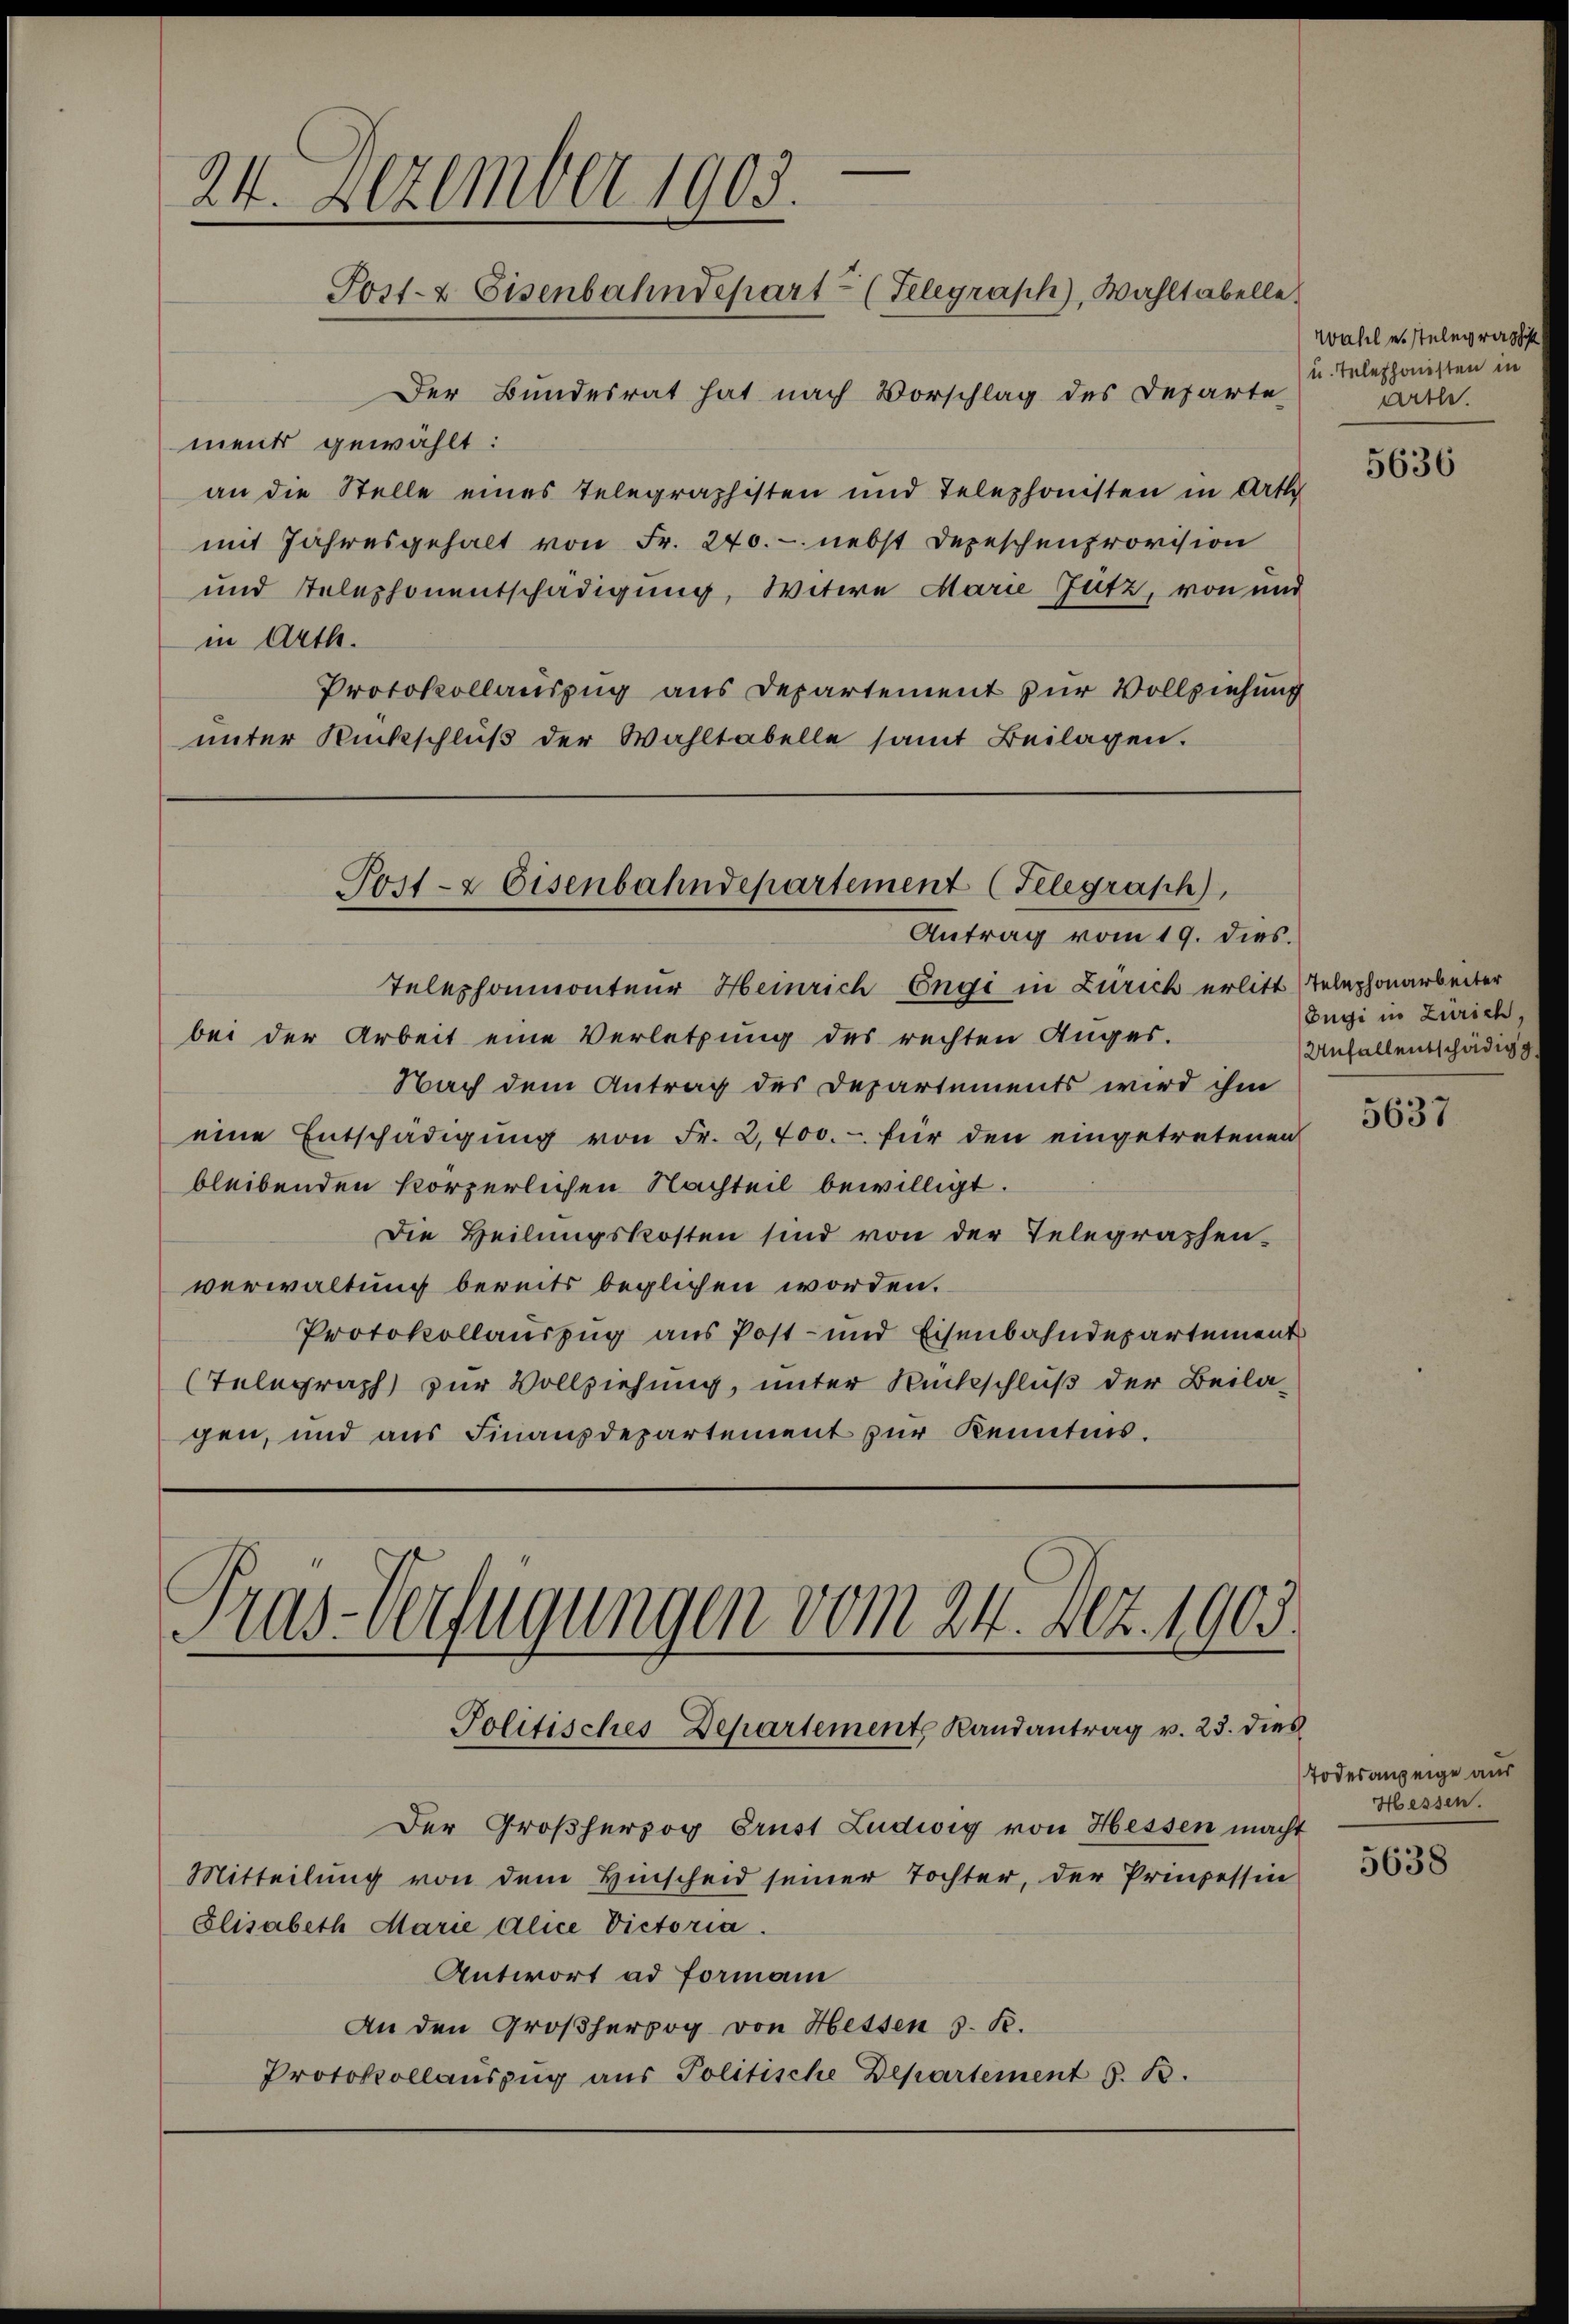
24. Dezember 1905.
Post- & Eisenbahndepart (Telegraph), Wahltabelle

Der Bundesrat hat nach Vorschlag des Departe
ment gewählt:
an die Stelle eines Telegraphisten und Telephonisten in Art
mit Jahresgehalt von Fr. 240. - nebst Depeschenprovision
und Telephonentschädigung, Witwe Marie Zutz, von und
in Arth.
Protokollauszug aus Departement zur Vollziehung
unter Rückschlŭβ der Wahltabelle samt Beilagen.

Post- & Eisenbahndepartement (Telegraph),
Antrag vom 19. dies.

Kas-Verfügungen vom 24. Sept. 1903.
Politisches Departements Randantrag v. 23. dies

Telephonmonteur Heinrich Engi in Zürich erlitt (Telephonarbeiter
bei der Arbeit eine Verletzung des rechten Anges.
Nach dem Antrag des Departements wird ihm
eine Entschädigung von Fr. 2,700.- für den eingetretenen
bleibenden körperlichen Nachteil bewilligt.
Die Heilungskosten sind von der Telegraphen.
verwaltung bereits beglichen worden.
Protokollauszug aus Post- und Eisenbahndepartement
(Telegraph zur Vollziehung, unter Rückschluß der Beilagen, und aus Finanzdepartement zur Kenntnis.

Der Großherzog Brust Ludwig von Hessen macht
Mitteilung von dem Hinscheid seiner Tochter, der Prinzessin
Elisabeth Marie Alice Victoria.
Antwort ad Formani
An den Großherzog von Hessen s. R.
Protokollaŭszŭg aŭs Politische Departement §. 13.

Wahl es stelegraphist
) u. Telephonisten in
Arthe.

5636

Engi in Zürich,
Unfall entschädigg

5637

Todesanzeige au
Hessen.

5638